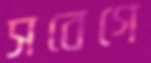
সবেগে